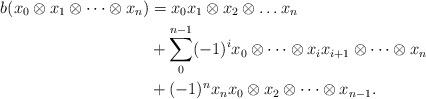
LaTeX: \begin{align*}b(x_0\otimes x_1\otimes \dots\otimes x_n) &= x_0x_1\otimes x_2\otimes \dots x_n \\&+\sum_{0}^{n-1}(-1)^i x_0\otimes \dots\otimes x_ix_{i+1}\otimes \dots\otimes x_n \\&+(-1)^n x_nx_0\otimes x_2\otimes \dots \otimes x_{n-1}.\end{align*}